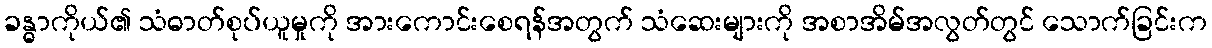
ခန္ဓာကိုယ်၏ သံဓာတ်စုပ်ယူမှုကို အားကောင်းစေရန်အတွက် သံဆေးများကို အစာအိမ်အလွတ်တွင် သောက်ခြင်းက